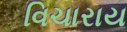
વિચારાય